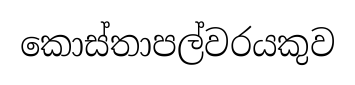
කොස්තාපල්වරයකුව